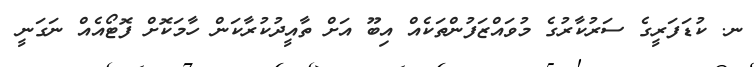
ނ. ކުޑަފަރީގެ ސަރުކާރުގެ މުވައްޒަފުންތަކެއް އިބޫ އަށް ތާއީދުކުރާކަން ހާމަކޮށް ފޮޓޯއެއް ނަގަނީ